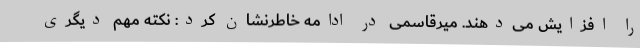
را افزایش می‌دهند. میرقاسمی در ادامه خاطرنشان کرد: نکته مهم دیگری